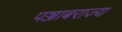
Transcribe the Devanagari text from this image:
पञ्जाबराज्य